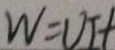
W = U I t